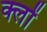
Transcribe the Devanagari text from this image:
क्लों